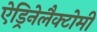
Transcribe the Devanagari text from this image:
ऐड्रिनेलैक्टोमी